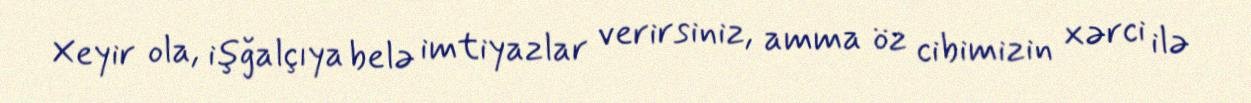
Xeyir ola, işğalçıya belə imtiyazlar verirsiniz, amma öz cibimizin xərci ilə